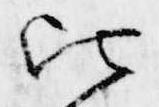
比